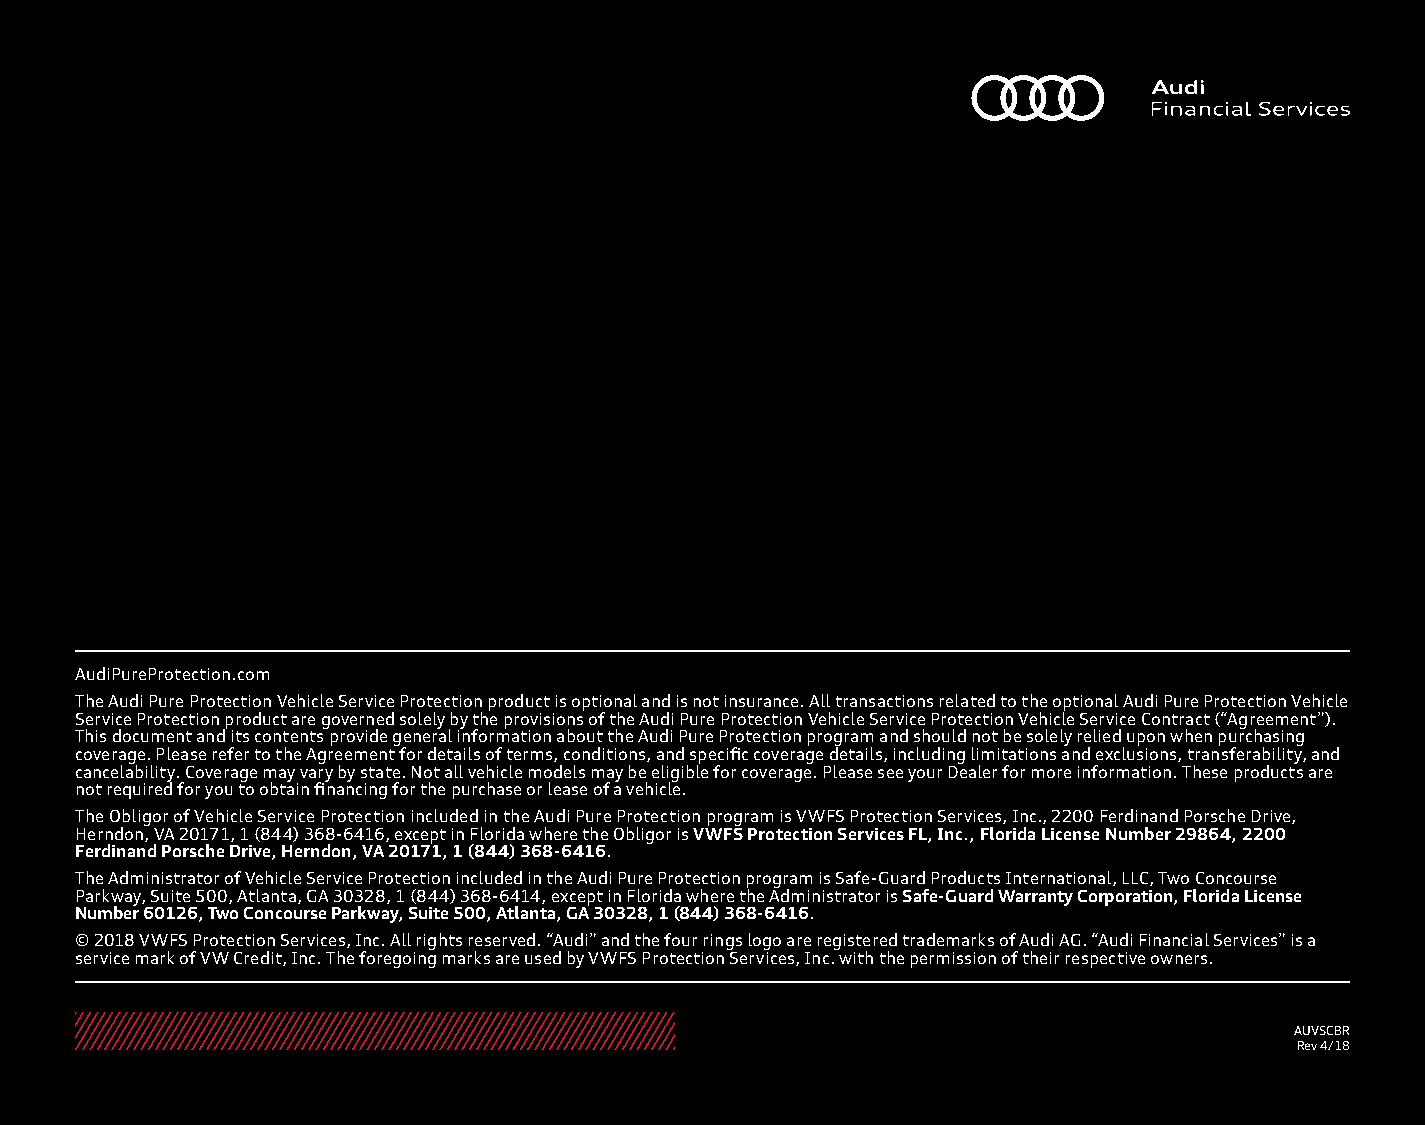
AudiPureProtection.com
 The Audi Pure Protection Vehicle Service Protection product is optional and is not insurance. All transactions related to the optional Audi Pure Protection Vehicle
 Service Protection product are governed solely by the provisions of the Audi Pure Protection Vehicle Service Protection Vehicle Service Contract (“Agreement”).
 This document and its contents provide general information about the Audi Pure Protection program and should not be solely relied upon when purchasing
 coverage. Please refer to the Agreement for details of terms, conditions, and specific coverage details, including limitations and exclusions, transferability, and
 cancelability. Coverage may vary by state. Not all vehicle models may be eligible for coverage. Please see your Dealer for more information. These products are
 not required for you to obtain financing for the purchase or lease of a vehicle.
 The Obligor of Vehicle Service Protection included in the Audi Pure Protection program is VWFS Protection Services, Inc., 2200 Ferdinand Porsche Drive,
 Herndon, VA 20171, 1 (844) 368-6416, except in Florida where the Obligor is VWFS Protection Services FL, Inc., Florida License Number 29864, 2200
 Ferdinand Porsche Drive, Herndon, VA 20171, 1 (844) 368-6416.
 The Administrator of Vehicle Service Protection included in the Audi Pure Protection program is Safe-Guard Products International, LLC, Two Concourse
 Parkway, Suite 500, Atlanta, GA 30328, 1 (844) 368-6414, except in Florida where the Administrator is Safe-Guard Warranty Corporation, Florida License
 Number 60126, Two Concourse Parkway, Suite 500, Atlanta, GA 30328, 1 (844) 368-6416.
 © 2018 VWFS Protection Services, Inc. All rights reserved. “Audi” and the four rings logo are registered trademarks of Audi AG. “Audi Financial Services” is a
 service mark of VW Credit, Inc. The foregoing marks are used by VWFS Protection Services, Inc. with the permission of their respective owners.
 AUVSCBR
 Rev 4/18